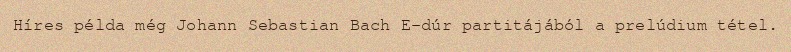
Híres példa még Johann Sebastian Bach E-dúr partitájából a prelúdium tétel.